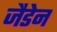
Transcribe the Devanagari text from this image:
जैडेन